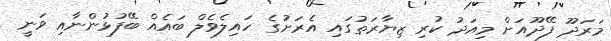
މަރަދޫ ފޭދޫއަށް މިއަދު ކުރި ޒިޔާރަތުގައި އެރަށުގެ ހައިލެވެލް ބައެއް ބޭފުޅުންނާއި ވަނީ